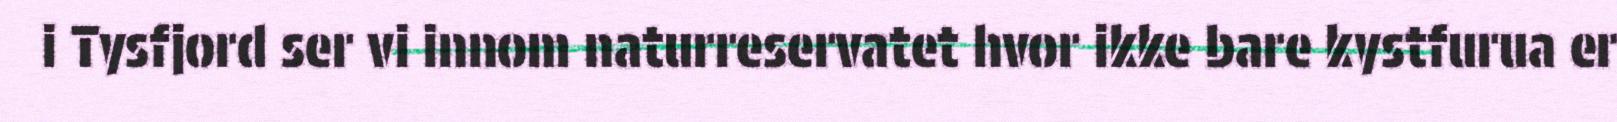
i Tysfjord ser vi innom naturreservatet hvor ikke bare kystfurua er